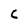
Character: C